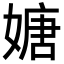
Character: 㜍